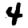
Digit: 4